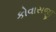
કોવાસજી